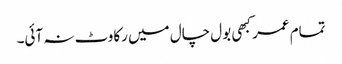
تمام عمر کبھی بول چال میں رکاوٹ نہ آئی۔